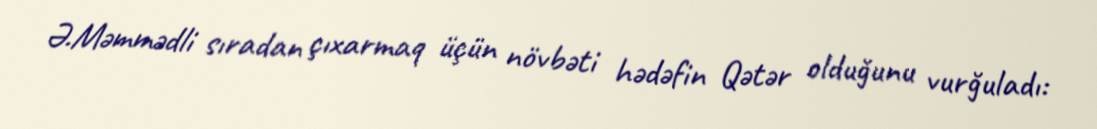
Ə.Məmmədli sıradan çıxarmaq üçün növbəti hədəfin Qətər olduğunu vurğuladı: